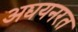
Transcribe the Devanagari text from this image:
अद्ययनरत